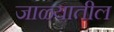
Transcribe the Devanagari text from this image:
जाळ्यातील